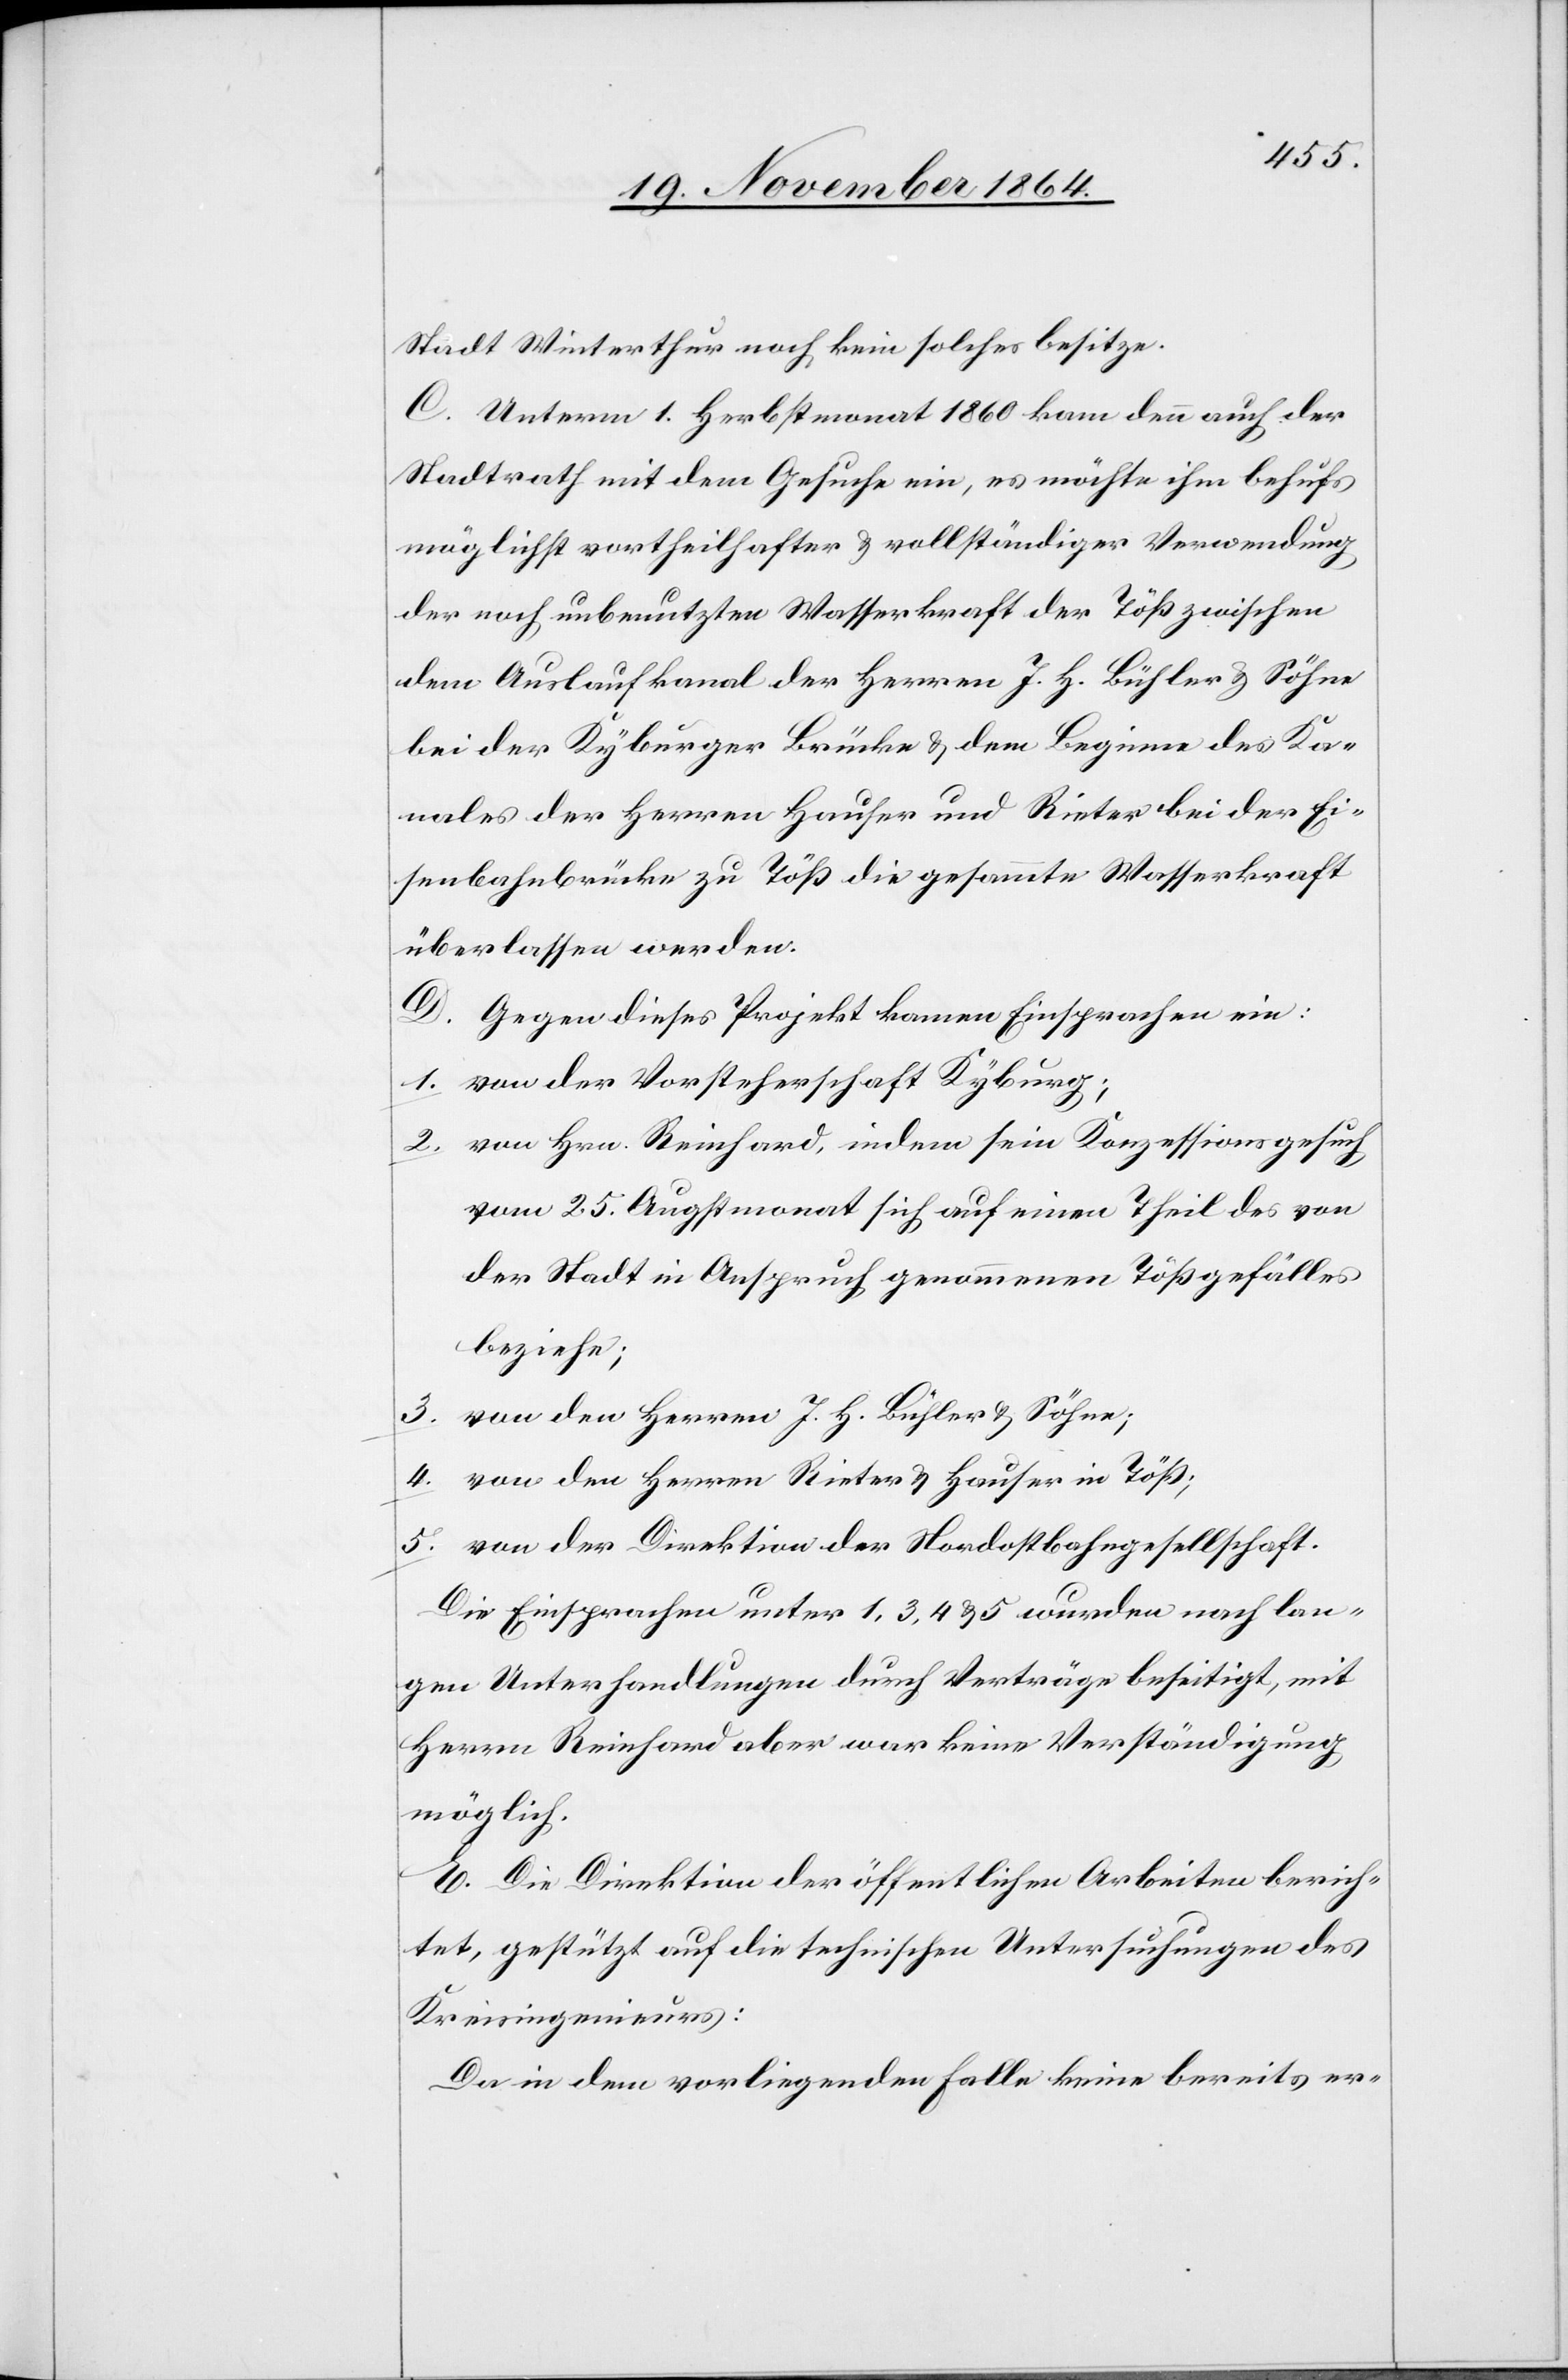
Stadt Winterthur noch kein solches besitze.
C. Unterm 1. Herbstmonat 1860 kam denn auch der
Stadtrath mit dem Gesuche ein, es möchte ihm behufs
möglichst vortheilhafter & vollständiger Verwendung
der noch unbenutzten Wasserkraft der Töß zwischen
dem Auslaufkanal der Herren J. H. Bühler & Söhne
bei der Kyburger Brücke & dem Beginne des Ka¬
nales der Herren Hauser und Rieter bei der Ei¬
senbahnbrücke zu Töß die gesammte Wasserkraft
überlassen werden.
D. Gegen dieses Projekt kamen Einsprachen ein:
1. von der Vorsteherschaft Kyburg;
2. von Hrn. Reinhard, indem sein Konzessionsgesuch
vom 25. Augstmonat sich auf einen Theil des von
der Stadt in Anspruch genommenen Tößgefälles
beziehe;
3. von den Herren J. H. Bühler & Söhne;
4. von der Direktion der Nordostbahngesellschaft.
Die Einsprachen unter 1, 3, 4 & 5 wurden nach lan¬
gen Unterhandlungen durch Verträge beseitigt, mit
Herrn Reinhard aber war keine Verständigung
möglich.
E. Die Direktion der öffentlichen Arbeiten berich¬
tet, gestützt auf die technischen Untersuchungen des
Kreisingenieurs:
Da in dem vorliegenden Falle keine bereits er-